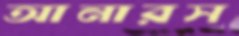
আনারস